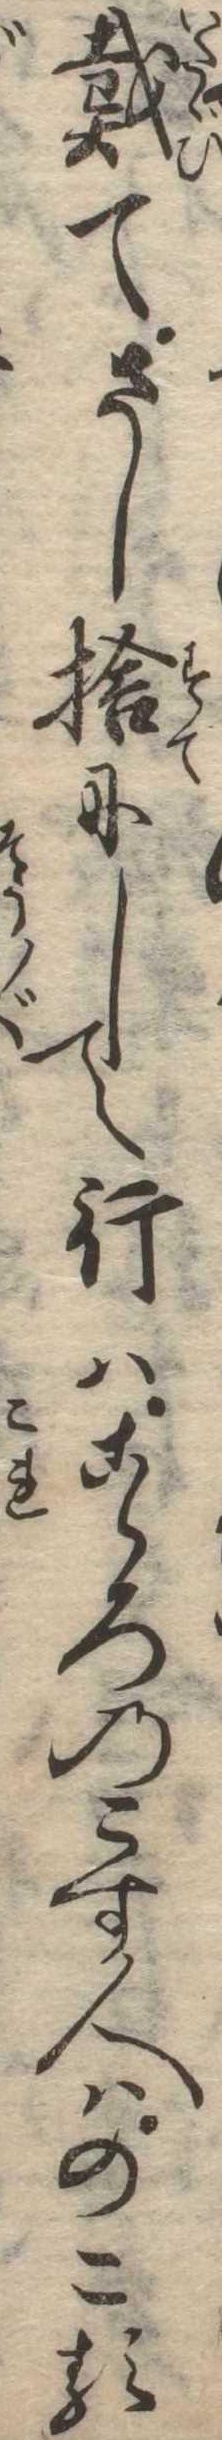
戴てさし捨にして行はこゝろのこす人はのこる